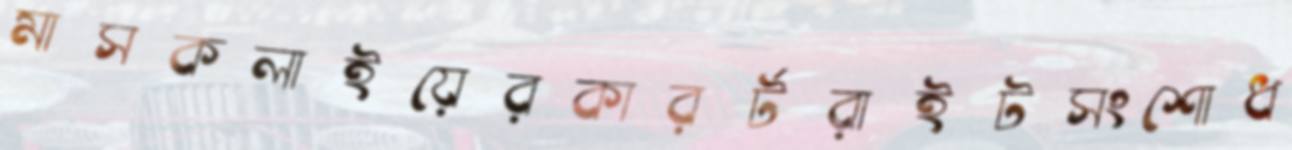
মাসকলাইয়েরকারর্টরাইটসংশোধ